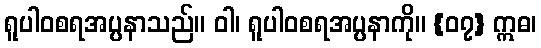
ရူပါဝစရအပ္ပနာသည်။ ဝါ၊ ရူပါဝစရအပ္ပနာကို။ {၀၇} ဣဓ၊